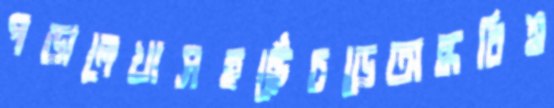
পড়ালেখাসহছেঁচড়েঅন্ধবিশ্ব